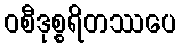
ဝစီဒုစ္စရိတဿပေ